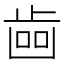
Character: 𣥼